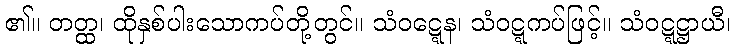
၏။ တတ္ထ၊ ထိုနှစ်ပါးသောကပ်တို့တွင်။ သံဝဋ္ဋေန၊ သံဝဋ္ဋကပ်ဖြင့်။ သံဝဋ္ဋဋ္ဌာယီ၊